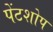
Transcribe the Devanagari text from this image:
पेंटशोप